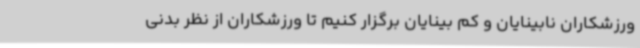
ورزشکاران نابینایان و کم بینایان برگزار کنیم تا ورزشکاران از نظر بدنی